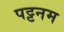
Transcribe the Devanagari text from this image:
पट्टनम